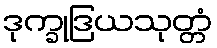
ဒုက္ခုဒြယသုတ္တံ